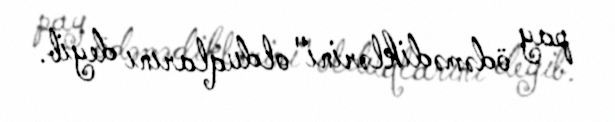
pay ödəmədiklərini" olduqlarını deyib.